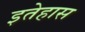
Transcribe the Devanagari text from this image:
इतेहास